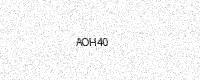
Text: AOH40